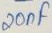
Text: 20µF